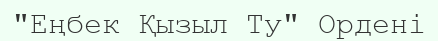
"Еңбек Қызыл Ту" Ордені